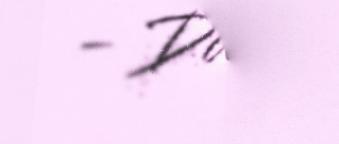
- Dam